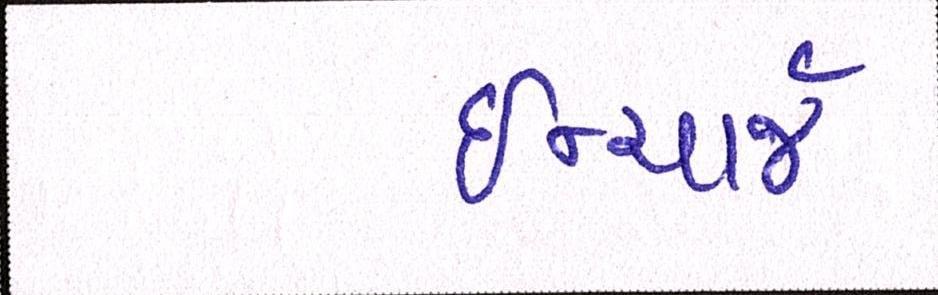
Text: ઈન્ચાર્જ